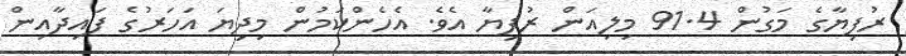
ރުފިޔާގެ މަގުން 91.4 މިލިއަން ރުފިޔާ އެވެ. އެހެންކަމުން މިދިޔަ އަހަރުގެ ފައިދާއިން